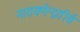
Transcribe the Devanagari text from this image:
नारायणेन्द्रतीर्थ